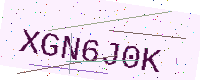
Text: XGN6J0K